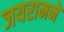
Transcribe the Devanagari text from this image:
जयरामने